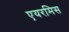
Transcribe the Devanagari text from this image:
एयरमिस